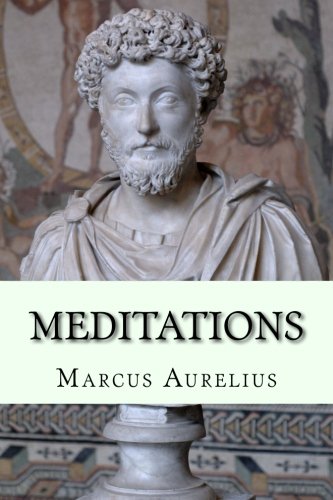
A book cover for Meditations; Marcus Aurelius; Politics & Social Sciences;